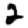
Digit: 2